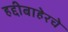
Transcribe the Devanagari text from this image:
हद्दीबाहेरचे